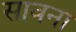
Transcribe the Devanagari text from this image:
सावना